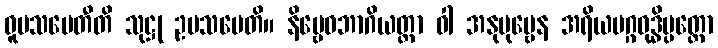
ဝူပသမေတီတိ သုဋ္ဌု ဥပသမေတိ။ နိဗ္ဗေဓဘာဂိယတ္တာ ဝါ အနုပုဗ္ဗေန အရိယမဂ္ဂဝုဒ္ဓိပ္ပတ္တော